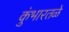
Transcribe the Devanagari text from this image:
कुंभारतळे